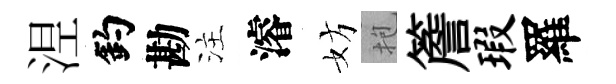
𣵀釣勘注濬妨抱簷瑕羅